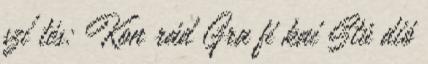
szí tés: Kon rád Gra fi kai Stú dió